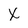
Character: X